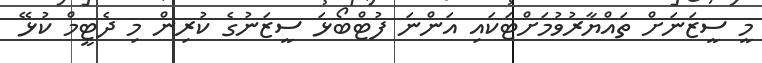
މީ ސީޒަނަށް ތައްޔާރުވުމަށްޓަކައި އަންނަ ފުޓްބޯޅަ ސީޒަނުގެ ކުރިން މި ދެޓީމް ކުޅޭ